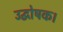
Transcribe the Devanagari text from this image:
उद्घोषक।